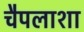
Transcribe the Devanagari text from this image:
चैपलाशा